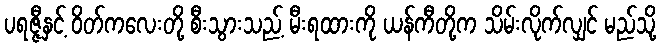
ပရဇ္ဇီနှင့် ဝိတ်ကလေးတို့ စီးသွားသည့် မီးရထားကို ယန်ကီတို့က သိမ်းလိုက်လျှင် မည်သို့